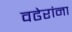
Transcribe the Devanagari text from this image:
वढेरांना